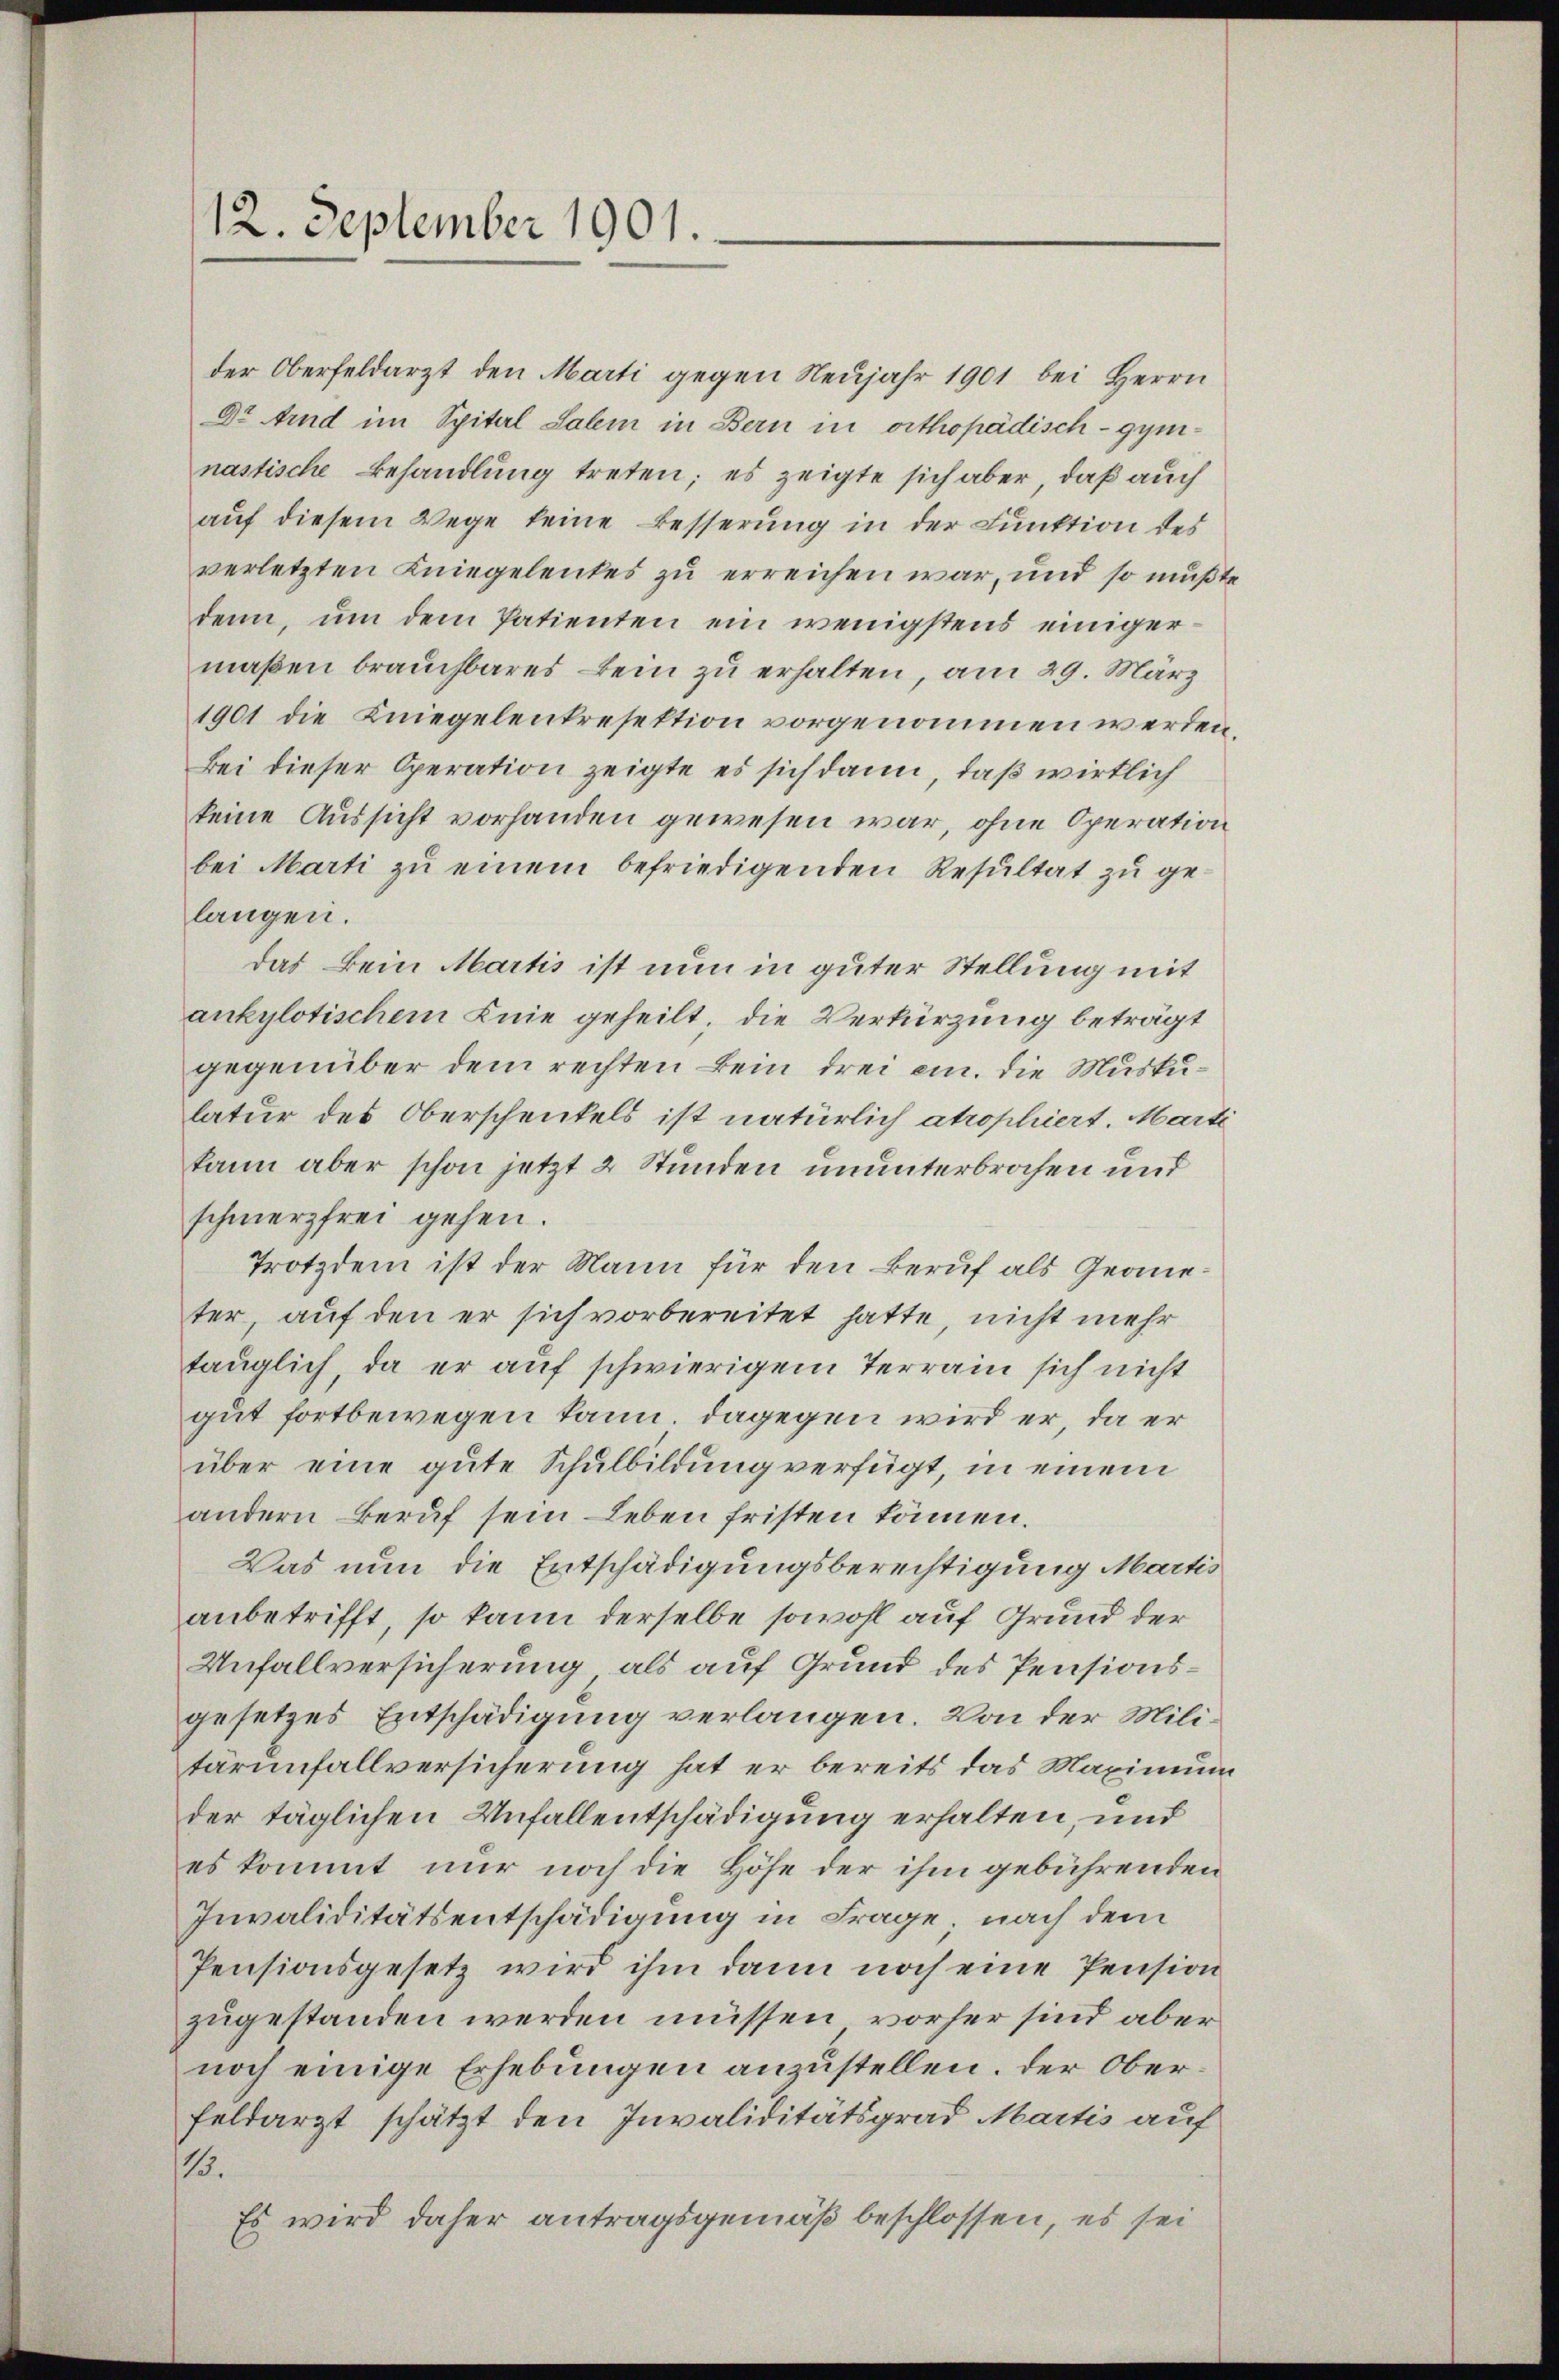
12. September 1901.

der Oberfeldarzt den Marti gegen Neujahr 1901 bei Herrn
Dr Arnd im Spital Salem in Bern in orthopädisch-gymnastische Behandlung treten; es zeigte sich aber, daß auch
auf diesem Wege keine Besserung in der Funktion des
verletzten Kniegelenkes zu erreichen war, und so mußte
denn, um dem Patienten ein wenigstens einigermaßen brauchbares ein zu erhalten, am 29. März
1901 die Kniegelenkresektion vorgenommen werden
Bei dieser Operation zeigte es sich dann, daß wirklich
keine Aussicht vorhanden gewesen war, ohne Operation
bei Marti zŭ einem befriedigenden Resŭltat zŭ ge-
langen.
das Bein Martis ist nun in guter Stellung mit
ankylotischem Knie geheilt. Die Verkürzung beträgt
gegenüber dem rechten Bein drei ein. die Muskulatur des Oberschenkels ist natürlich atrophiert. Marte
kann aber schon jetzt 2 Stunden ununterbrochen und
schmerzfrei gehen.
Trotzdem ist der Mann für den Beruf als Geneter, auf den er sich vorbereitet hatte, nicht mehr
tauglich, da er auf schwierigem Terrain sich nicht
gut fortbewegen kann, dagegen wird er, da er
über eine gute Schulbildung verfügt, in einem
andern Beruf sein Leben fristen können.
Was nun die Entschädigungsberechtigung Martis
anbetrifft, so kann derselbe sowohl auf Grund der
Unfallversicherung als auf Grund des Pensionsgesetzes Entschädigung verlangen. Von der Militärinfallversicherung hat er bereits das Maximum
der täglichen Unfallentschädigung erhalten, und
es kommt nur noch die Höhe der ihm gebührenden
Invaliditätsentschädigung in Frage, nach dem
Pensionsgesetz wird ihm dann noch eine Pension
zugestanden werden müssen, vorher sind aber
noch einige Erhebungen anzustellen. Der Oberfeldarzt schätzt den Invaliditätsgrad Martis auf
115.
Es wird daher antragsgemäß beschlossen, es sei